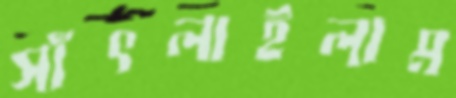
সাঁৎলাইলাম